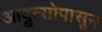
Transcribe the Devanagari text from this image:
आब्रुत्सोपासून